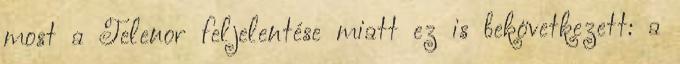
most a Telenor feljelentése miatt ez is bekövetkezett: a